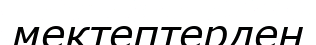
мектептерден